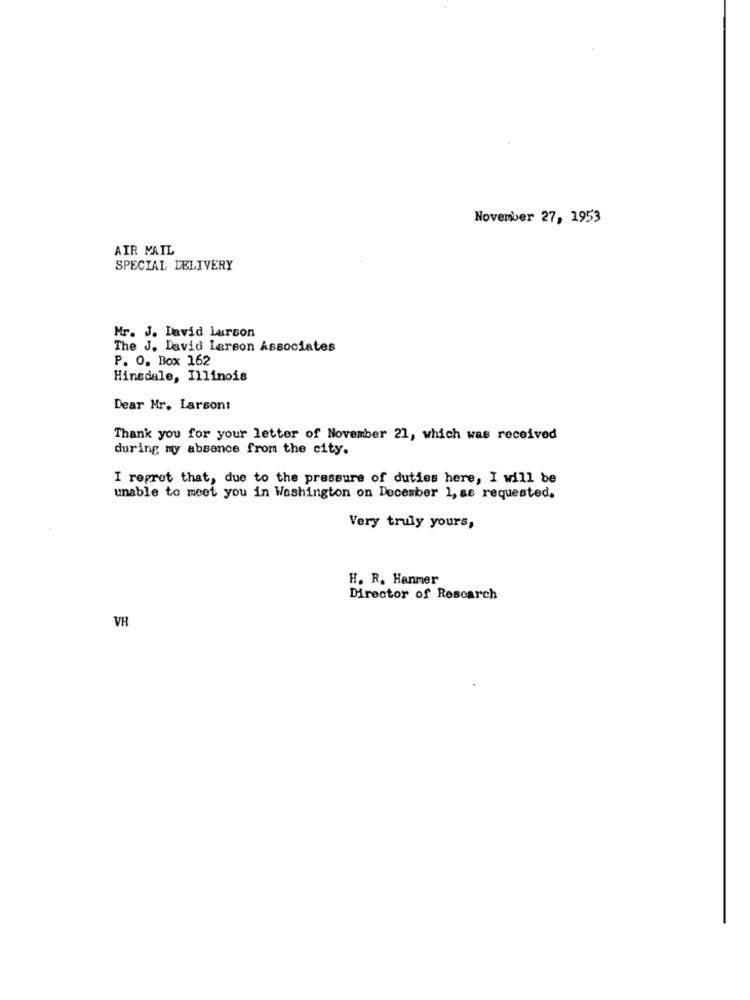
November 27, 1953
AIR MAIL
SPECIAL DELIVERY
Mr. J. David Larson
The J. David Lerson Associates
P. O. Box 162
Hinsdale, Illinois
Dear Mr. Larson:
Thank you for your letter of November 21, which was received
during my absence from the city.
I regret that, due to the pressure of duties here, I will be
unable to meet you in Washington on December 1, as requested.
Very truly yours,
H. R. Hanmer
Director of Research
VR